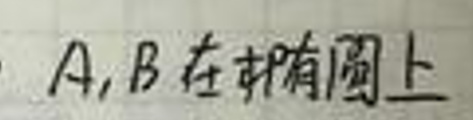
A,B在椭圆上